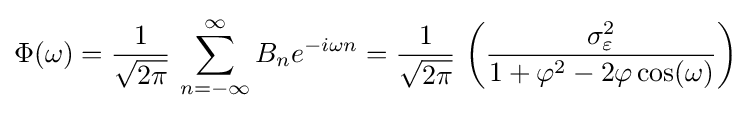
\Phi (\omega )={\frac {1}{\sqrt {2\pi }}}\,\sum _{n=-\infty }^{\infty }B_{n}e^{-i\omega n}={\frac {1}{\sqrt {2\pi }}}\,\left({\frac {\sigma _{\varepsilon }^{2}}{1+\varphi ^{2}-2\varphi \cos(\omega )}}\right)